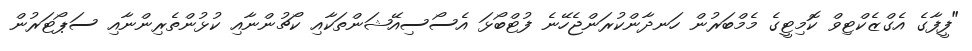
"ފީފާގެ އެގްޒެކްޓިވް ކޮމިޓީގެ މެމްބަރުން ހަނދާންކުރަންޖެހޭނެ ފުޓްބޯޅަ އެސޯސިއޭޝަންތަކާއި ކޯޗުންނާއި ކުޅުންތެރިންނާއި ސަޕޯޓަރުން